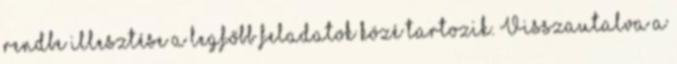
rendbe illesztése a legfőbb feladatok közé tartozik. Visszautalva a